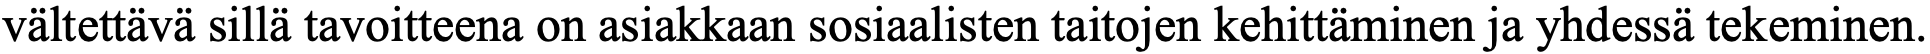
vältettävä sillä tavoitteena on asiakkaan sosiaalisten taitojen kehittäminen ja yhdessä tekeminen.